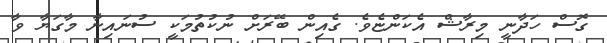
ގޮސް ހަދާނީ މިރާޝް އެކަންޏެވެ. ގެއިން ބޭރަށް ނުކުތުމަކީ ސުނައިނާ މާގަޔާ ވާ